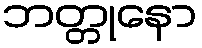
ဘတ္တုနော